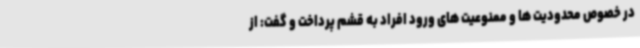
در خصوص محدودیت ها و ممنوعیت های ورود افراد به قشم پرداخت و گفت: از